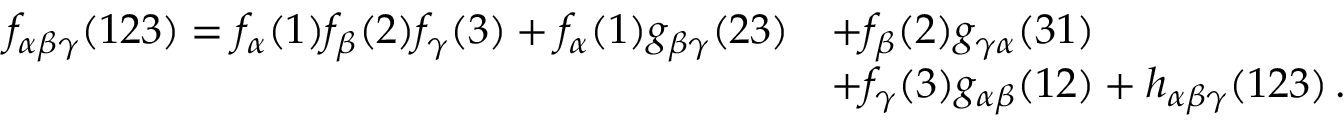
\begin{array} { r l } { f _ { \alpha \beta \gamma } ( 1 2 3 ) = f _ { \alpha } ( 1 ) f _ { \beta } ( 2 ) f _ { \gamma } ( 3 ) + f _ { \alpha } ( 1 ) g _ { \beta \gamma } ( 2 3 ) } & { + f _ { \beta } ( 2 ) g _ { \gamma \alpha } ( 3 1 ) } \\ & { + f _ { \gamma } ( 3 ) g _ { \alpha \beta } ( 1 2 ) + h _ { \alpha \beta \gamma } ( 1 2 3 ) \, . } \end{array}